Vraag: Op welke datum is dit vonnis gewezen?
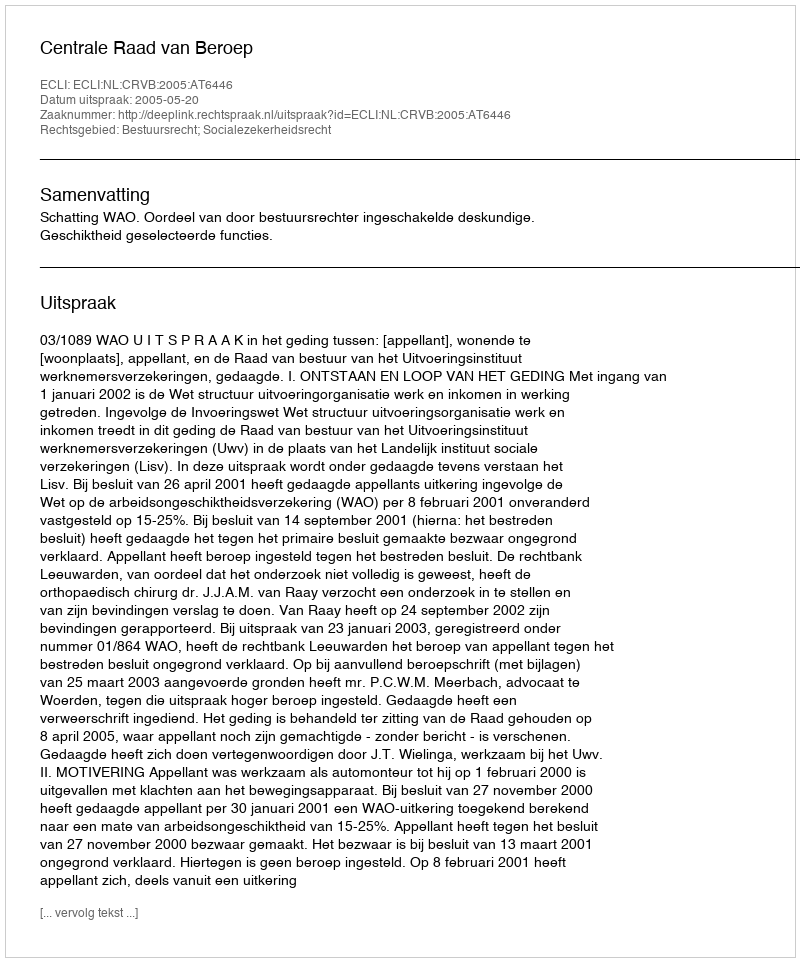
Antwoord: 2005-05-20